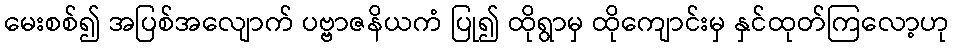
မေးစစ်၍ အပြစ်အလျောက် ပဗ္ဗာဇနိယကံ ပြု၍ ထိုရွာမှ ထိုကျောင်းမှ နှင်ထုတ်ကြလော့ဟု